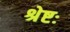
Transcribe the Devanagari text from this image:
श्रेष्टः